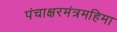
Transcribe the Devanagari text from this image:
पंचाक्षरमंत्रमहिमा